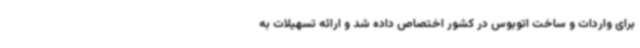
برای واردات و ساخت اتوبوس در کشور اختصاص داده شد و ارائه تسهیلات به